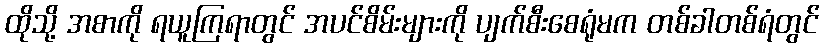
ထိုသို့ အစာကို ရယူကြရာတွင် အပင်စိမ်းများကို ပျက်စီးစေရုံမက တစ်ခါတစ်ရံတွင်